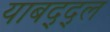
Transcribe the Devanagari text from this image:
याबद्द्ल